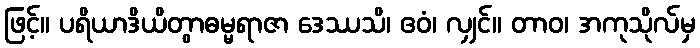
ဖြင့်။ ပရိယာဒိယိတွာဓမ္မရာဇာ ဒေဿသိ၊ ဧဝံ၊ လျှင်။ တာဝ၊ အကုသိုလ်မှ